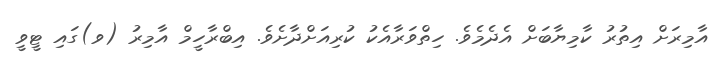
އާމިރަށް އިތުރު ކާމިޔާބަަށް އެދެމެވެ. ހިތްވަރާއެކު ކުރިއަށްދާށެވެެ. އިބްރާހީމް އާމިރު (ވ)ގައި ޓީވީ